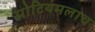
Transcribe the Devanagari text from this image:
प्रोटियमलाच